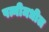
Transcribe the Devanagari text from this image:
पत्नीमधील